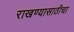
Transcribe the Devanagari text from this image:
राखण्यासाठीचा